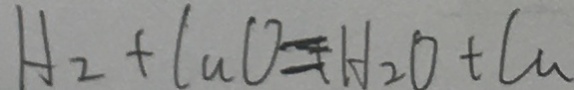
H _ { 2 } + C u O = H _ { 2 } O + C u